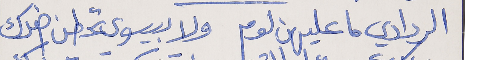
الردادي ما عليهن لوم      ولا بيسوى تحطن ضدك